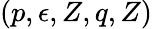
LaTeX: (p,\epsilon,Z,q,Z)